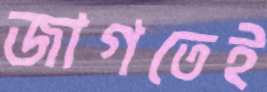
জাগতেই